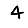
Digit: 4